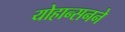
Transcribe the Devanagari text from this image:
योहान्सनने